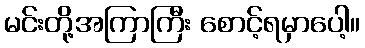
မင်းတို့အကြာကြီး စောင့်ရမှာပေါ့။